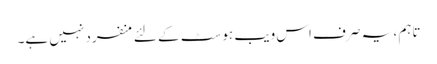
تاہم ، یہ صرف اس ویب ہوسٹ کے لئے منفرد نہیں ہے۔